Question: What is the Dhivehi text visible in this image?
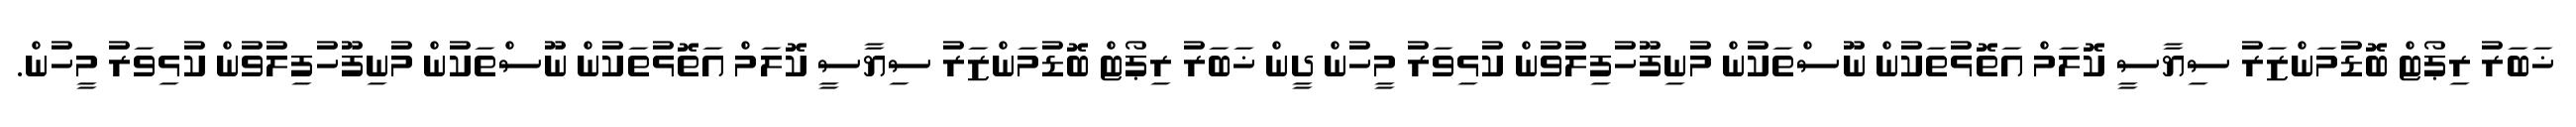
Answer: ޚަބަރު ރިޕޯޓް ބޮޑުމަންޒަރު ސިޔާސީ ކޮލަމް އަތޮޅުތަކުން ނޫސްތަކުން މުނިފޫހުފިލުވުން ކުޅިވަރު މީހުން ދީން ޚަބަރު ރިޕޯޓް ބޮޑުމަންޒަރު ސިޔާސީ ކޮލަމް އަތޮޅުތަކުން ނޫސްތަކުން މުނިފޫހުފިލުވުން ކުޅިވަރު މީހުން.